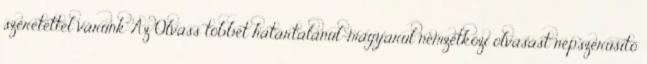
szeretettel várunk Az Olvass többet határtalanul-magyarul nemzetközi olvasást népszerűsítő